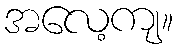
အလေ့ကျ။